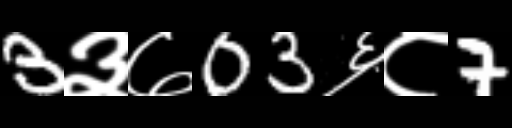
Text: 3३७03६८7